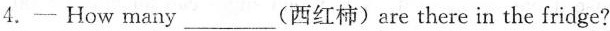
4.—How many ___(西红柿)are there in the fridge?